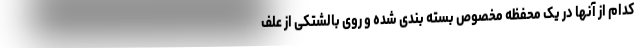
کدام از آنها در یک محفظه مخصوص بسته بندی شده و روی بالشتکی از علف